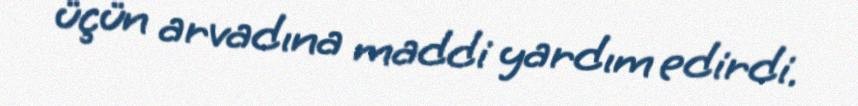
üçün arvadına maddi yardım edirdi.